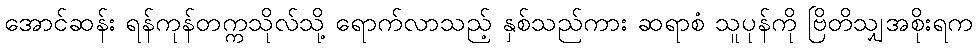
အောင်ဆန်း ရန်ကုန်တက္ကသိုလ်သို့ ရောက်လာသည့် နှစ်သည်ကား ဆရာစံ သူပုန်ကို ဗြိတိသျှအစိုးရက